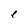
Character: l